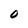
Character: 0